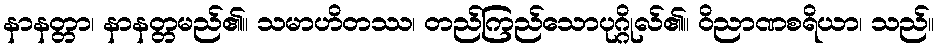
နာနတ္တာ၊ နာနတ္တမည်၏။ သမာဟိတဿ၊ တည်ကြည်သောပုဂ္ဂိုလ်၏။ ဝိညာဏစရိယာ၊ သည်။